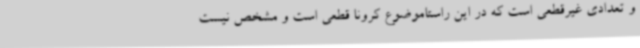
و تعدادی غیرقطعی است که در این راستاموضوع کرونا قطعی است و مشخص نیست